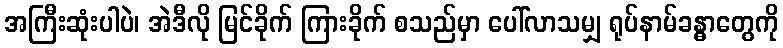
အကြီးဆုံးပါပဲ၊ အဲဒီလို မြင်ခိုက် ကြားခိုက် စသည်မှာ ပေါ်လာသမျှ ရုပ်နာမ်ခန္ဓာတွေကို